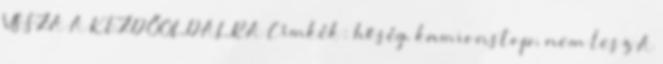
VISSZA A KEZDŐOLDALRA Címkék: hőség, kamionstop, nem lesz A